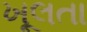
ખૂલતા